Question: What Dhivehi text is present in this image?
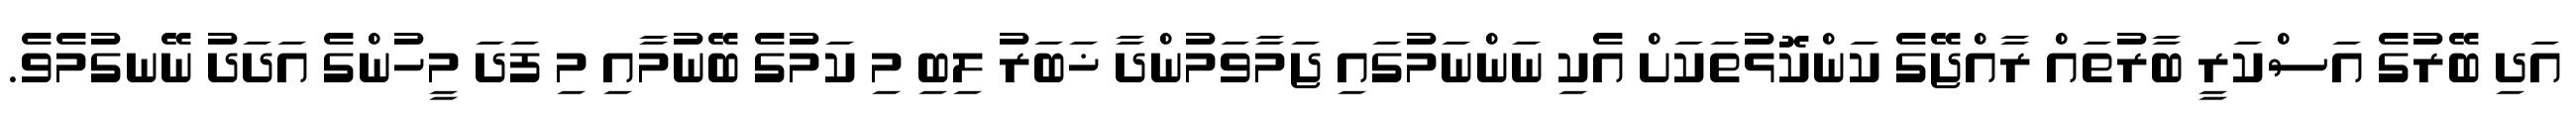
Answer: އަދި ބޭރުގެ އަސްކަރީ ބާރުތައް ރާއްޖޭގެ ކަންކޮޅުތަކަށް އެކި ނަންނަމުގައި ޖަމާވަމުންދާ ޚަބަރު ލިބި މި ކަމުގެ ބޭނުމާއި މި ފަދަ މީހުންގެ އަދަދު ނޭނގުމެވެ.